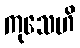
ကုသေဟိ